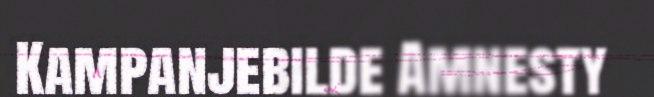
Kampanjebilde Amnesty